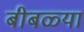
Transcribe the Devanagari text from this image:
बीबळ्या